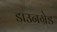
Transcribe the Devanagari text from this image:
डाउनग्रेड